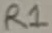
Text: R1